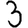
Digit: 3